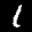
Label: 1